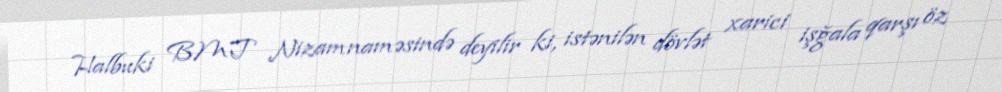
Halbuki BMT Nizamnaməsində deyilir ki, istənilən dövlət xarici işğala qarşı öz